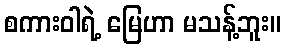
စကားဝါရဲ့ မြေဟာ မသန့်ဘူး။